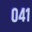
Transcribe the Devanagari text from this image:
०४१